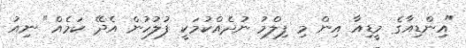
"އިންޑިއާގެ މީޑިއާ އިން މި ފިލްމު ނުދެއްކުމަކީ ފުލުހުން އެދޭ ކަމެއް" ނިއު